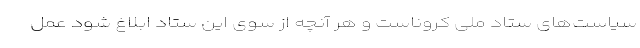
سیاست‌های ستاد ملی کروناست و هر آنچه از سوی این ستاد ابلاغ شود عمل